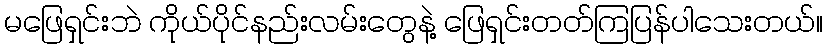
မဖြေရှင်းဘဲ ကိုယ်ပိုင်နည်းလမ်းတွေနဲ့ ဖြေရှင်းတတ်ကြပြန်ပါသေးတယ်။